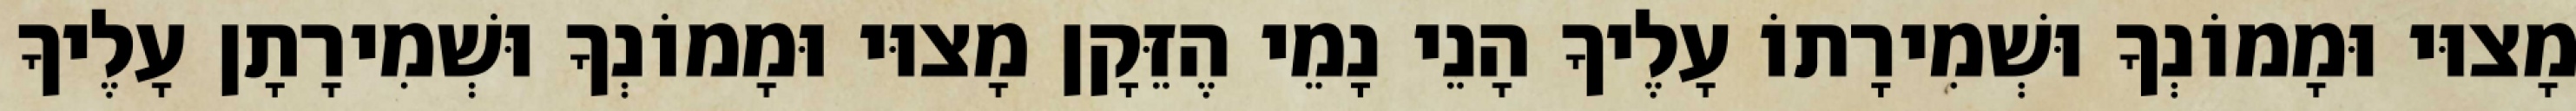
מָצוּי וּמָמוֹנְךָ וּשְׁמִירָתוֹ עָלֶיךָ הָנֵי נָמֵי הֶזֵּקָן מָצוּי וּמָמוֹנְךָ וּשְׁמִירָתָן עָלֶיךָ